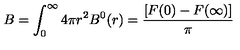
B = \int _ { 0 } ^ { \infty } 4 \pi r ^ { 2 } B ^ { 0 } ( r ) = \frac { [ F ( 0 ) - F ( \infty ) ] } { \pi }